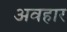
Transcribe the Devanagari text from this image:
अवहार